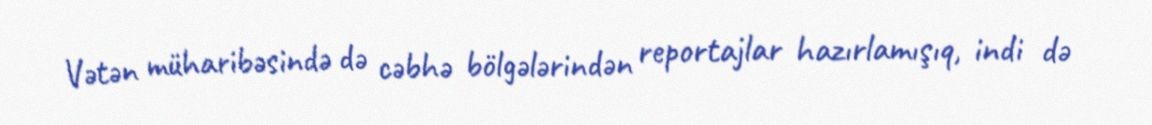
Vətən müharibəsində də cəbhə bölgələrindən reportajlar hazırlamışıq, indi də